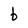
Character: b